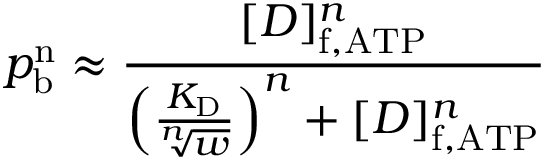
p _ { \mathrm { b } } ^ { \mathrm { n } } \approx \frac { [ D ] _ { \mathrm { f , A T P } } ^ { n } } { \left( \frac { K _ { \mathrm { D } } } { \sqrt [ n ] { w } } \right) ^ { n } + [ D ] _ { \mathrm { f , A T P } } ^ { n } }